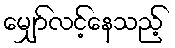
မျှော်လင့်နေသည့်